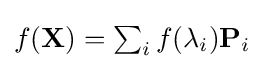
{\textstyle f(\mathbf {X} )=\sum _{i}f(\lambda _{i})\mathbf {P} _{i}}